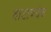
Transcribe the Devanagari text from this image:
वाटायचेच